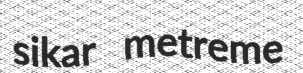
sikar metreme